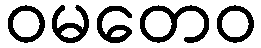
ဝမတေဝ